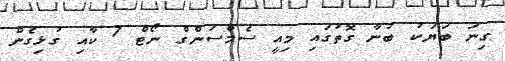
ގިނަ ބަޔަކު ބުނާ ގޮތުގައި މިއީ ސެމްސަންގް ނޯޓް 7 ކާއި ގުޅިގެން